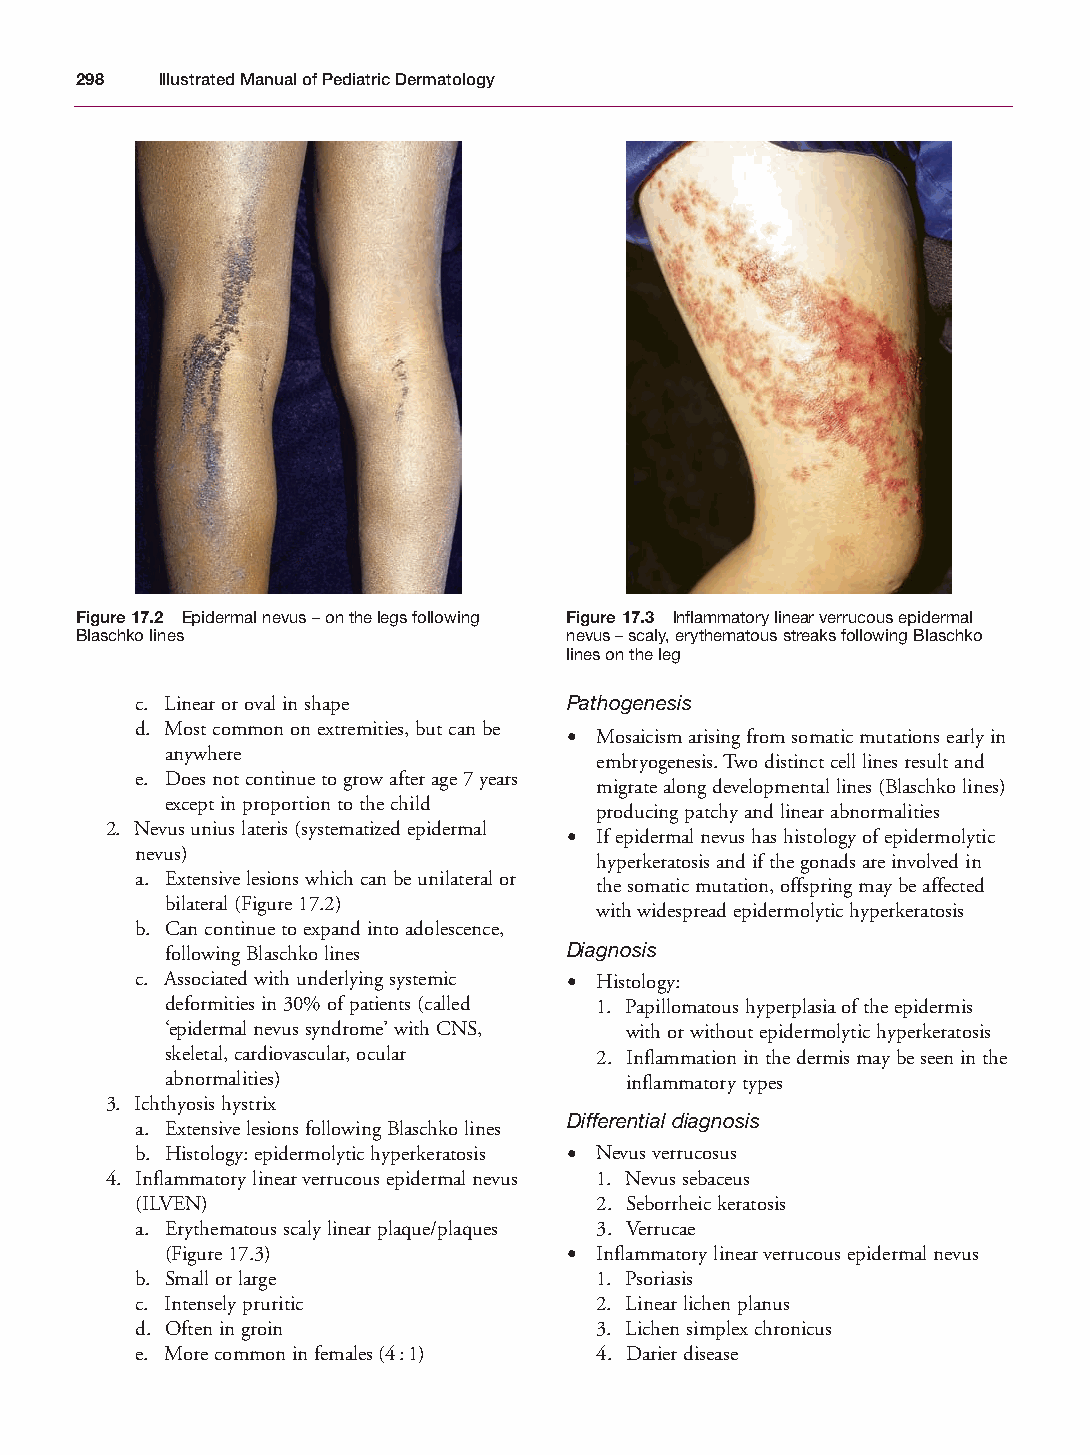
Mallory Chapter 17 27/1/05 2:53 pm Page 298
 298  Illustrated Manual of Pediatric Dermatology
 Figure 17.2 Epidermal nevus – on the legs following Figure 17.3 Inflammatory linear verrucous epidermal
 Blaschko lines                  nevus – scaly, erythematous streaks following Blaschko
 lines on the leg
 c. Linear or oval in shape  Pathogenesis
 d. Most common on extremities, but can be
 • Mosaicism arising from somatic mutations early in
 anywhere
 embryogenesis. Two distinct cell lines result and
 e. Does not continue to grow after age 7 years
 migrate along developmental lines (Blaschko lines)
 except in proportion to the child
 producing patchy and linear abnormalities
 2. Nevus unius lateris (systematized epidermal
 • If epidermal nevus has histology of epidermolytic
 nevus)
 hyperkeratosis and if the gonads are involved in
 a. Extensive lesions which can be unilateral or
 the somatic mutation, offspring may be affected
 bilateral (Figure 17.2)
 with widespread epidermolytic hyperkeratosis
 b. Can continue to expand into adolescence,
 following Blaschko lines  Diagnosis
 c. Associated with underlying systemic • Histology:
 deformities in 30% of patients (called 1. Papillomatous hyperplasia of the epidermis
 ‘epidermal nevus syndrome’ with CNS, with or without epidermolytic hyperkeratosis
 skeletal, cardiovascular, ocular 2. Inflammation in the dermis may be seen in the
 abnormalities)                inflammatory types
 3. Ichthyosis hystrix
 Differential diagnosis
 a. Extensive lesions following Blaschko lines
 b. Histology: epidermolytic hyperkeratosis • Nevus verrucosus
 4. Inflammatory linear verrucous epidermal nevus 1. Nevus sebaceus
 (ILVEN)                       2. Seborrheic keratosis
 a. Erythematous scaly linear plaque/plaques 3. Verrucae
 (Figure 17.3)             • Inflammatory linear verrucous epidermal nevus
 b. Small or large             1. Psoriasis
 c. Intensely pruritic         2. Linear lichen planus
 d. Often in groin             3. Lichen simplex chronicus
 e. More common in females (4:1) 4. Darier disease